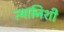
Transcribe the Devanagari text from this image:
त्यानिशी